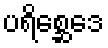
ပရိစ္ဆေဒေ